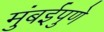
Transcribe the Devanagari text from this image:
मुंबईपुणे